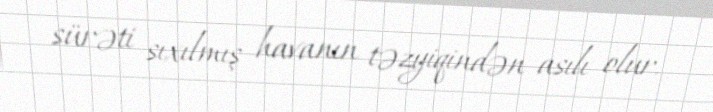
sürəti sıxılmış havanın təzyiqindən asılı olur.